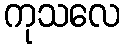
ကုသလေ